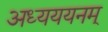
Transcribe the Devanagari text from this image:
अध्यययनम्